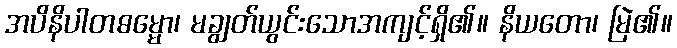
အပိနိပါတဓမ္မော၊ မချွတ်ယွင်းသောအကျင့်ရှိ၏။ နိယတော၊ မြဲ၏။